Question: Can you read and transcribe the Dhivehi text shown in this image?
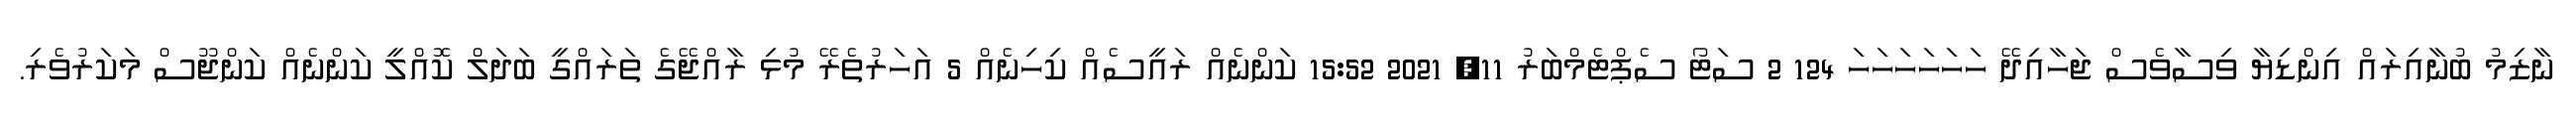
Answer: ނާޒިމު ބުނާއިރައް އިންޑިޔާ ވިސާވެސް ޖަހާއިދޭ ހަހަހަހަހަހަ 124 2 ސަޓޯ ސެޕްޓެމްބަރު 11, 2021 15:52 ކަންނެއް ރައީސެއް ކިހިނެއް 5 އަހަރުތެރޭ މުޅި ރާއްޖޭގެ ތަރައްގީ ބަދަލް ކޮއްލީ ކަންނެއް ކަންޖޫސް މަކަރުވެރި.